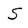
Character: S